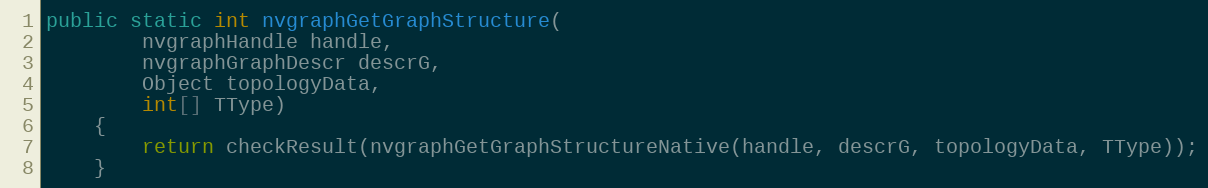
Language: Java
public static int nvgraphGetGraphStructure(
        nvgraphHandle handle,
        nvgraphGraphDescr descrG,
        Object topologyData,
        int[] TType)
    {
        return checkResult(nvgraphGetGraphStructureNative(handle, descrG, topologyData, TType));
    }